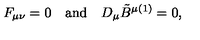
F _ { \mu \nu } = 0 \quad \mathrm { a n d } \quad D _ { \mu } \tilde { B } ^ { \mu ( 1 ) } = 0 ,